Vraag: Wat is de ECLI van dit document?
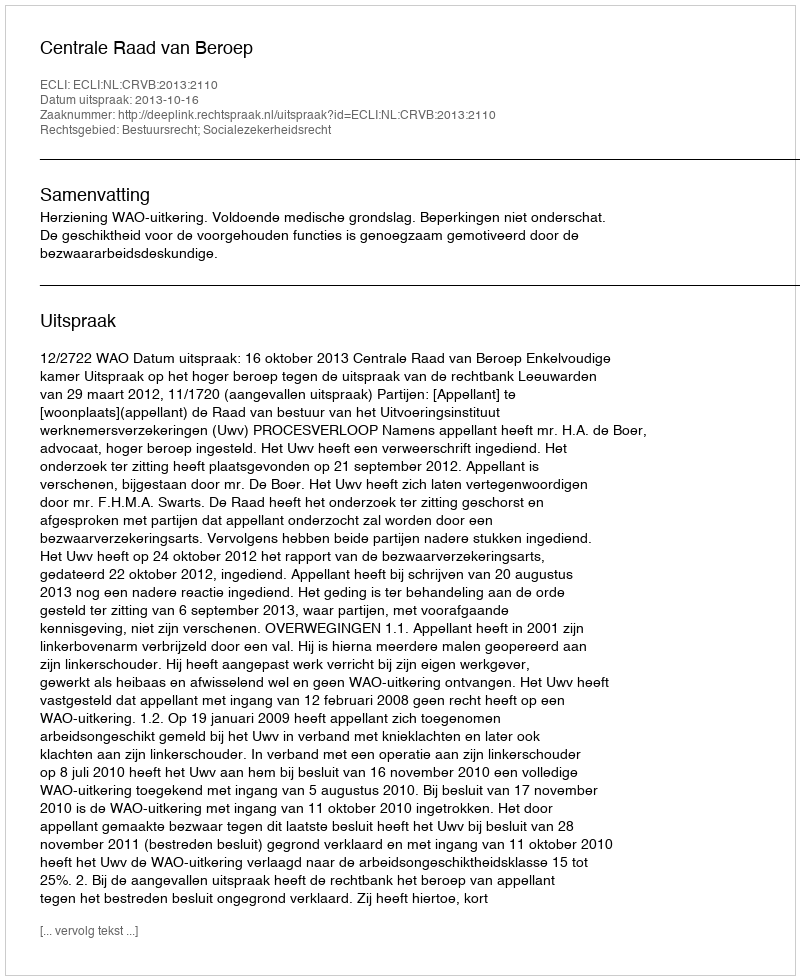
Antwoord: ECLI:NL:CRVB:2013:2110